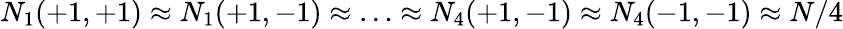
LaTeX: N_{1}(+1,+1)\approx N_{1}(+1,-1)\approx\ldots\approx N_{4}(+1,-1)\approx N_{4}(-1,-1)\approx{N/4}